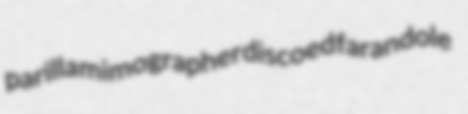
parilla mimographer discoed farandole